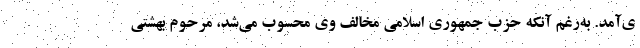
ی‌آمد. به‌رغم آنکه حزب جمهوری اسلامی مخالف وی محسوب می‌شد، مرحوم بهشتی